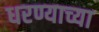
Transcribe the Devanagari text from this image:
धरण्याच्या